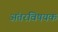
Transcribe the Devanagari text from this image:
अंतरविषयक